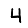
Digit: 4